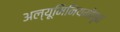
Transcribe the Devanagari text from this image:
अल्यूमिनियमीकृत